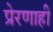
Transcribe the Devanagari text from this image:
प्रेरणाही